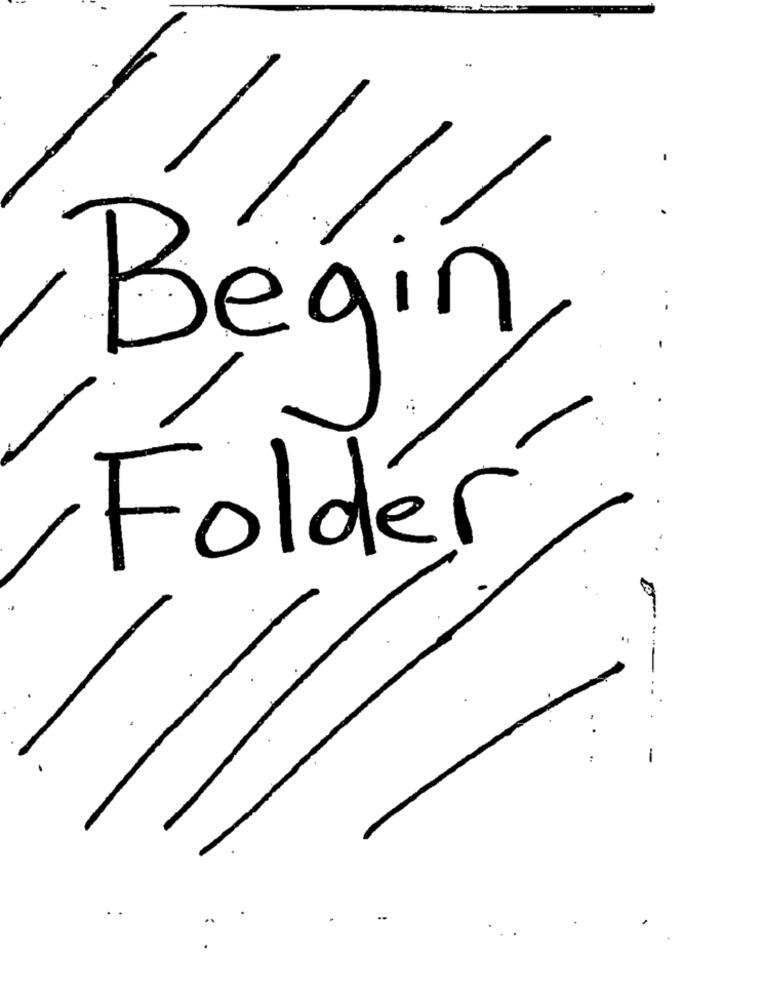
Begin
Folder
.
-